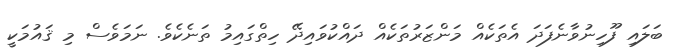
ބަލައި ފޫހިނުވާނެފަދަ އެތަކެއް މަންޒަރުތަކެއް ދައްކުވައިދޭ ހިތްގައިމު ތަނެކެވެ. ނަމަވެސް މި ޤައުމަކީ